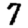
Digit: 7